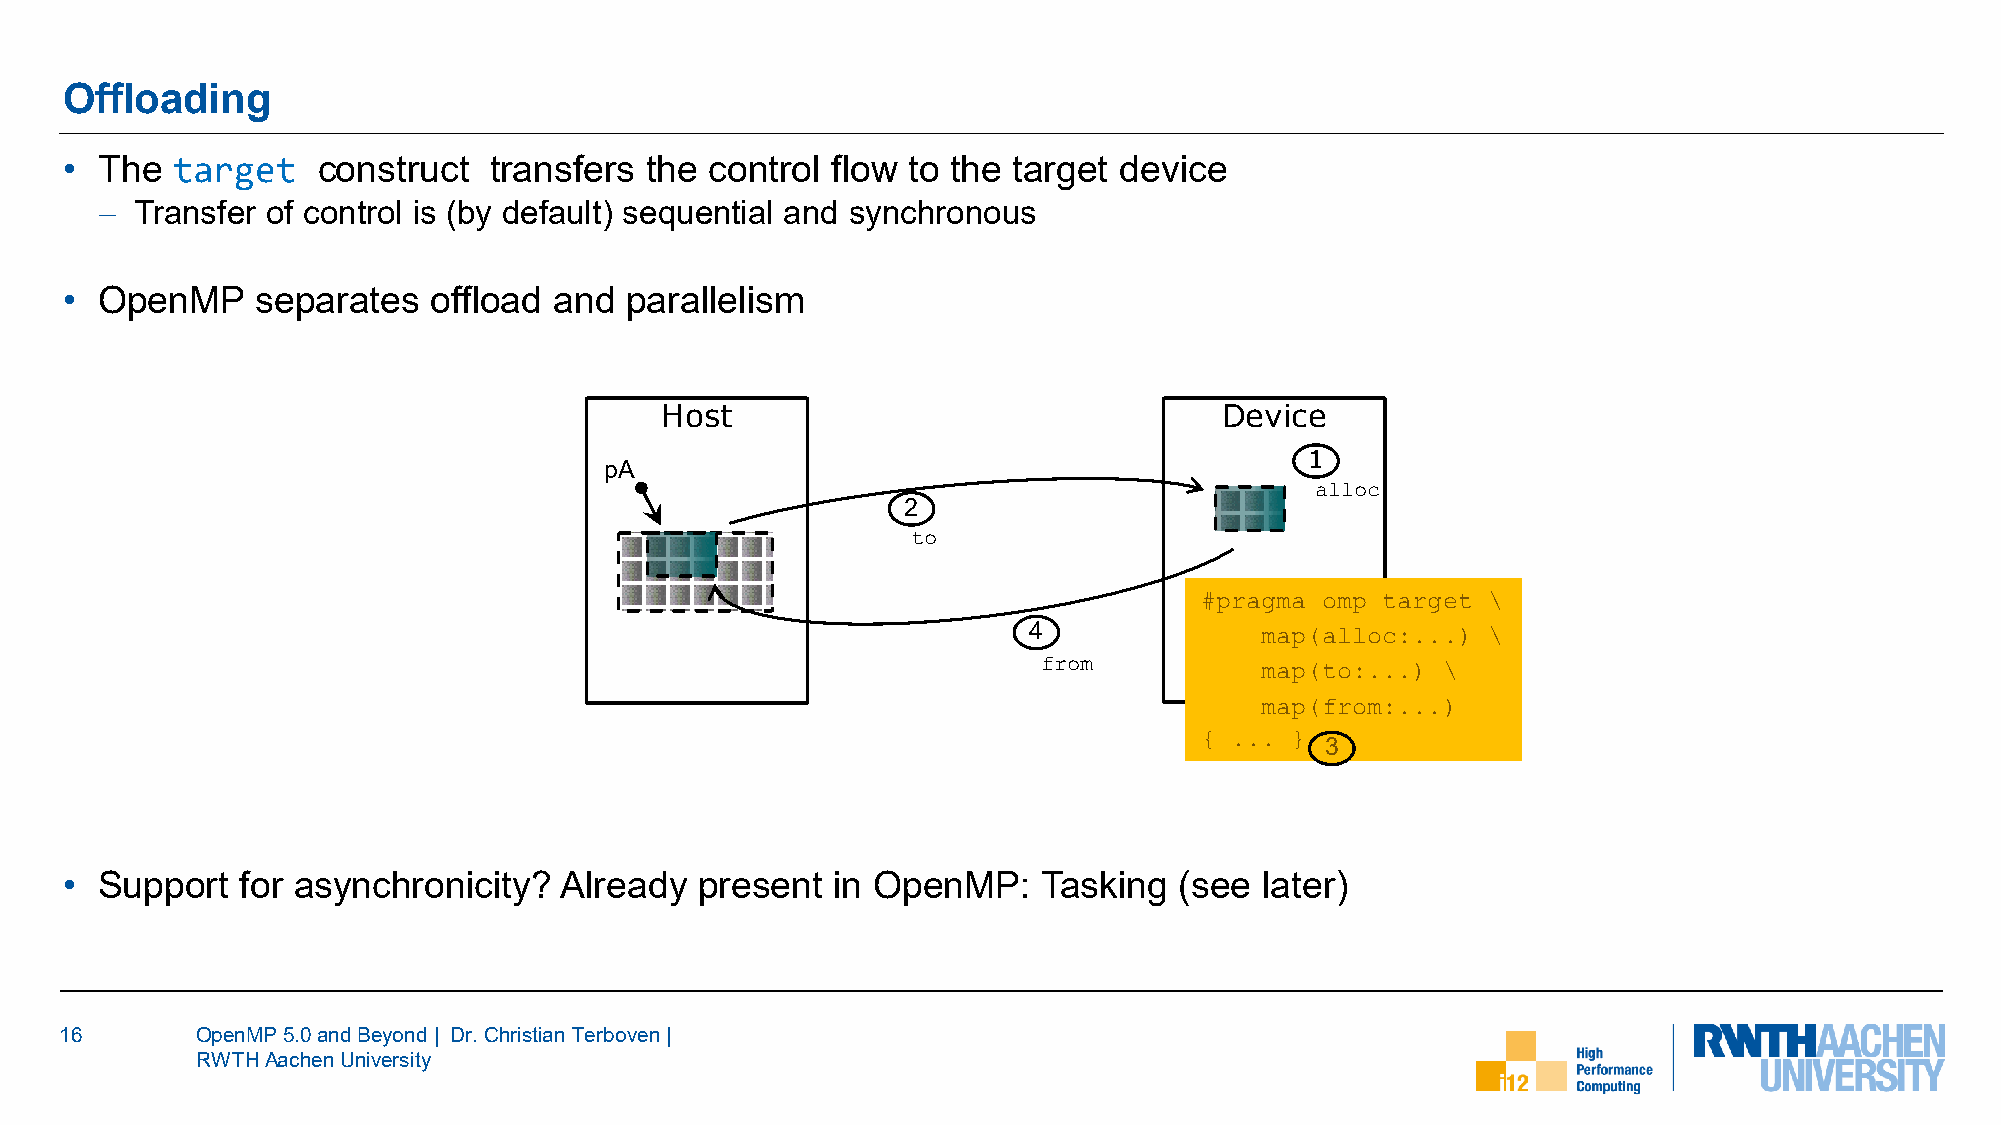
Offloading
 •  The target    construct  transfers  the control flow to the target device
 − Transfer of control is (by default) sequential and synchronous
 •  OpenMP    separates   offload and parallelism
 Host                                 Device
 1
 pA
 alloc
 2
 to
 #pragma omp target \
 4
 map(alloc:...) \
 from
 map(to:...) \
 map(from:...)
 { ... }  3
 •  Support  for asynchronicity?  Already  present  in OpenMP:    Tasking  (see  later)
 16       OpenMP 5.0 and Beyond | Dr. Christian Terboven|
 RWTH Aachen University